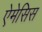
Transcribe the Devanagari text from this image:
ऐमेसिस